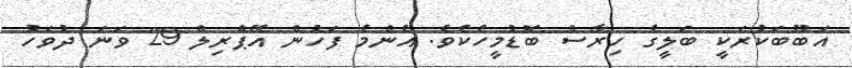
އަބޫބަކުރަކީ ބަލީގެ ހިރާސް ބޮޑުމީހެކެވެ. އެންމެ ފަހުން އޭޕްރިލް 29 ވަނަ ދުވަހު